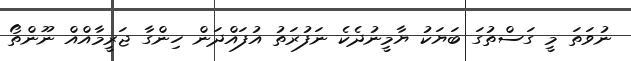
ނުވަތަ މީ ގަސްތުގަ ބަޔަކު ޔާމީނުދެކެ ނަފުރަތު އުފައްދަން ހިންގާ ޖަރީމާއްއް ނޫންތޯ